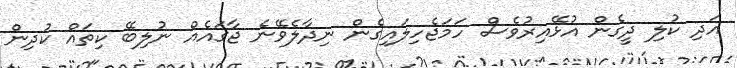
އަދި ކުލި ދީގެން އުޅޭއިރުވެސް ހަމަޖެހިލައިގެން ނިދާލެވޭނެ ޖާގައެއް ނުލިބޭ ކިތައް ކުދިން